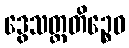
ဒွေသတ္တတိဉ္စေဝ